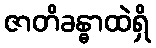
ဇာတိခန္ဓာထဲရှိ